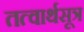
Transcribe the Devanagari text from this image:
तत्वार्थसूत्र